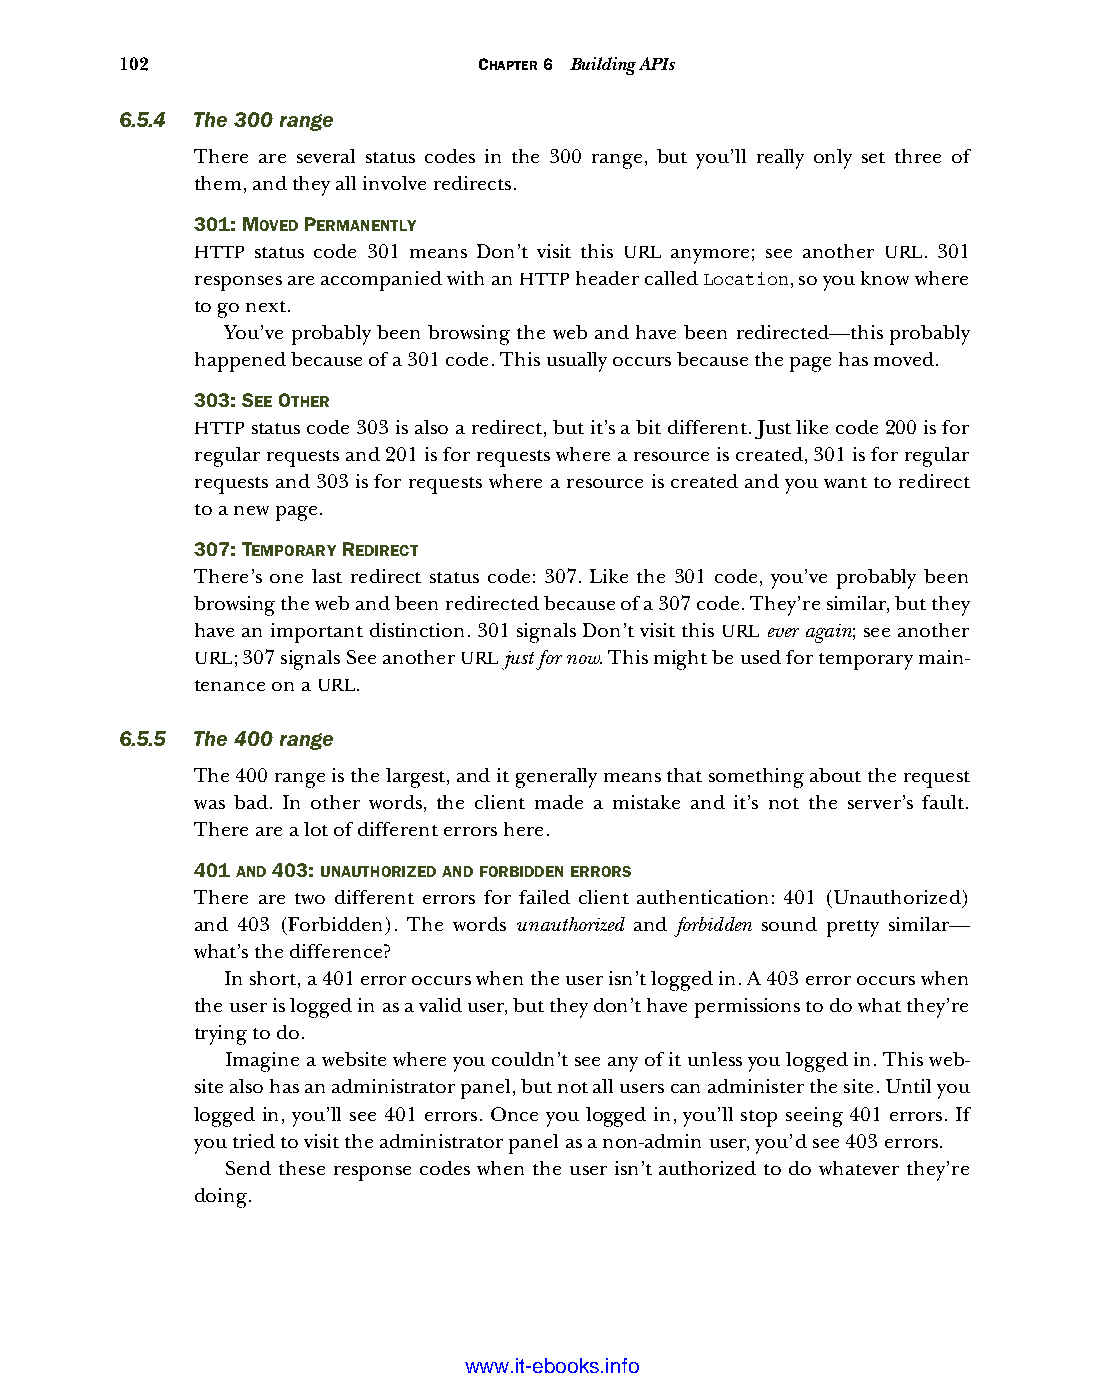
102                     CHAPTER 6 Building APIs
 6.5.4 The 300 range
 There are several status codes in the 300 range, but you’ll really only set three of
 them, and they all involve redirects.
 301: MOVED PERMANENTLY
 HTTP status code 301 means Don’t visit this URL anymore; see another URL. 301
 responses are accompanied with an HTTP header called Location, so you know where
 to go next.
 You’ve probably been browsing the web and have been redirected—this probably
 happened because of a 301 code. This usually occurs because the page has moved.
 303: SEE OTHER
 HTTP status code 303 is also a redirect, but it’s a bit different. Just like code 200 is for
 regular requests and 201 is for requests where a resource is created, 301 is for regular
 requests and 303 is for requests where a resource is created and you want to redirect
 to a new page.
 307: TEMPORARY REDIRECT
 There’s one last redirect status code: 307. Like the 301 code, you’ve probably been
 browsing the web and been redirected because of a 307 code. They’re similar, but they
 have an important distinction. 301 signals Don’t visit this URL ever again; see another
 URL; 307 signals See another URL just for now. This might be used for temporary main-
 tenance on a URL.
 6.5.5 The 400 range
 The 400 range is the largest, and it generally means that something about the request
 was bad. In other words, the client made a mistake and it’s not the server’s fault.
 There are a lot of different errors here.
 401 AND 403: UNAUTHORIZED AND FORBIDDEN ERRORS
 There are two different errors for failed client authentication: 401 (Unauthorized)
 and 403 (Forbidden). The words unauthorized and forbidden sound pretty similar—
 what’s the difference?
 In short, a 401 error occurs when the user isn’t logged in. A 403 error occurs when
 the user is logged in as a valid user, but they don’t have permissions to do what they’re
 trying to do.
 Imagine a website where you couldn’t see any of it unless you logged in. This web-
 site also has an administrator panel, but not all users can administer the site. Until you
 logged in, you’ll see 401 errors. Once you logged in, you’ll stop seeing 401 errors. If
 you tried to visit the administrator panel as a non-admin user, you’d see 403 errors.
 Send these response codes when the user isn’t authorized to do whatever they’re
 doing.
 Licensed wtow w <.mit-ielebro.8o8k8s@.ingfomail.com>